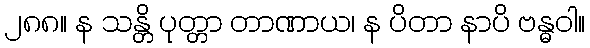
၂၈၈။ န သန္တိ ပုတ္တာ တာဏာယ၊ န ပိတာ နာပိ ဗန္ဓဝါ။